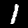
Label: 1